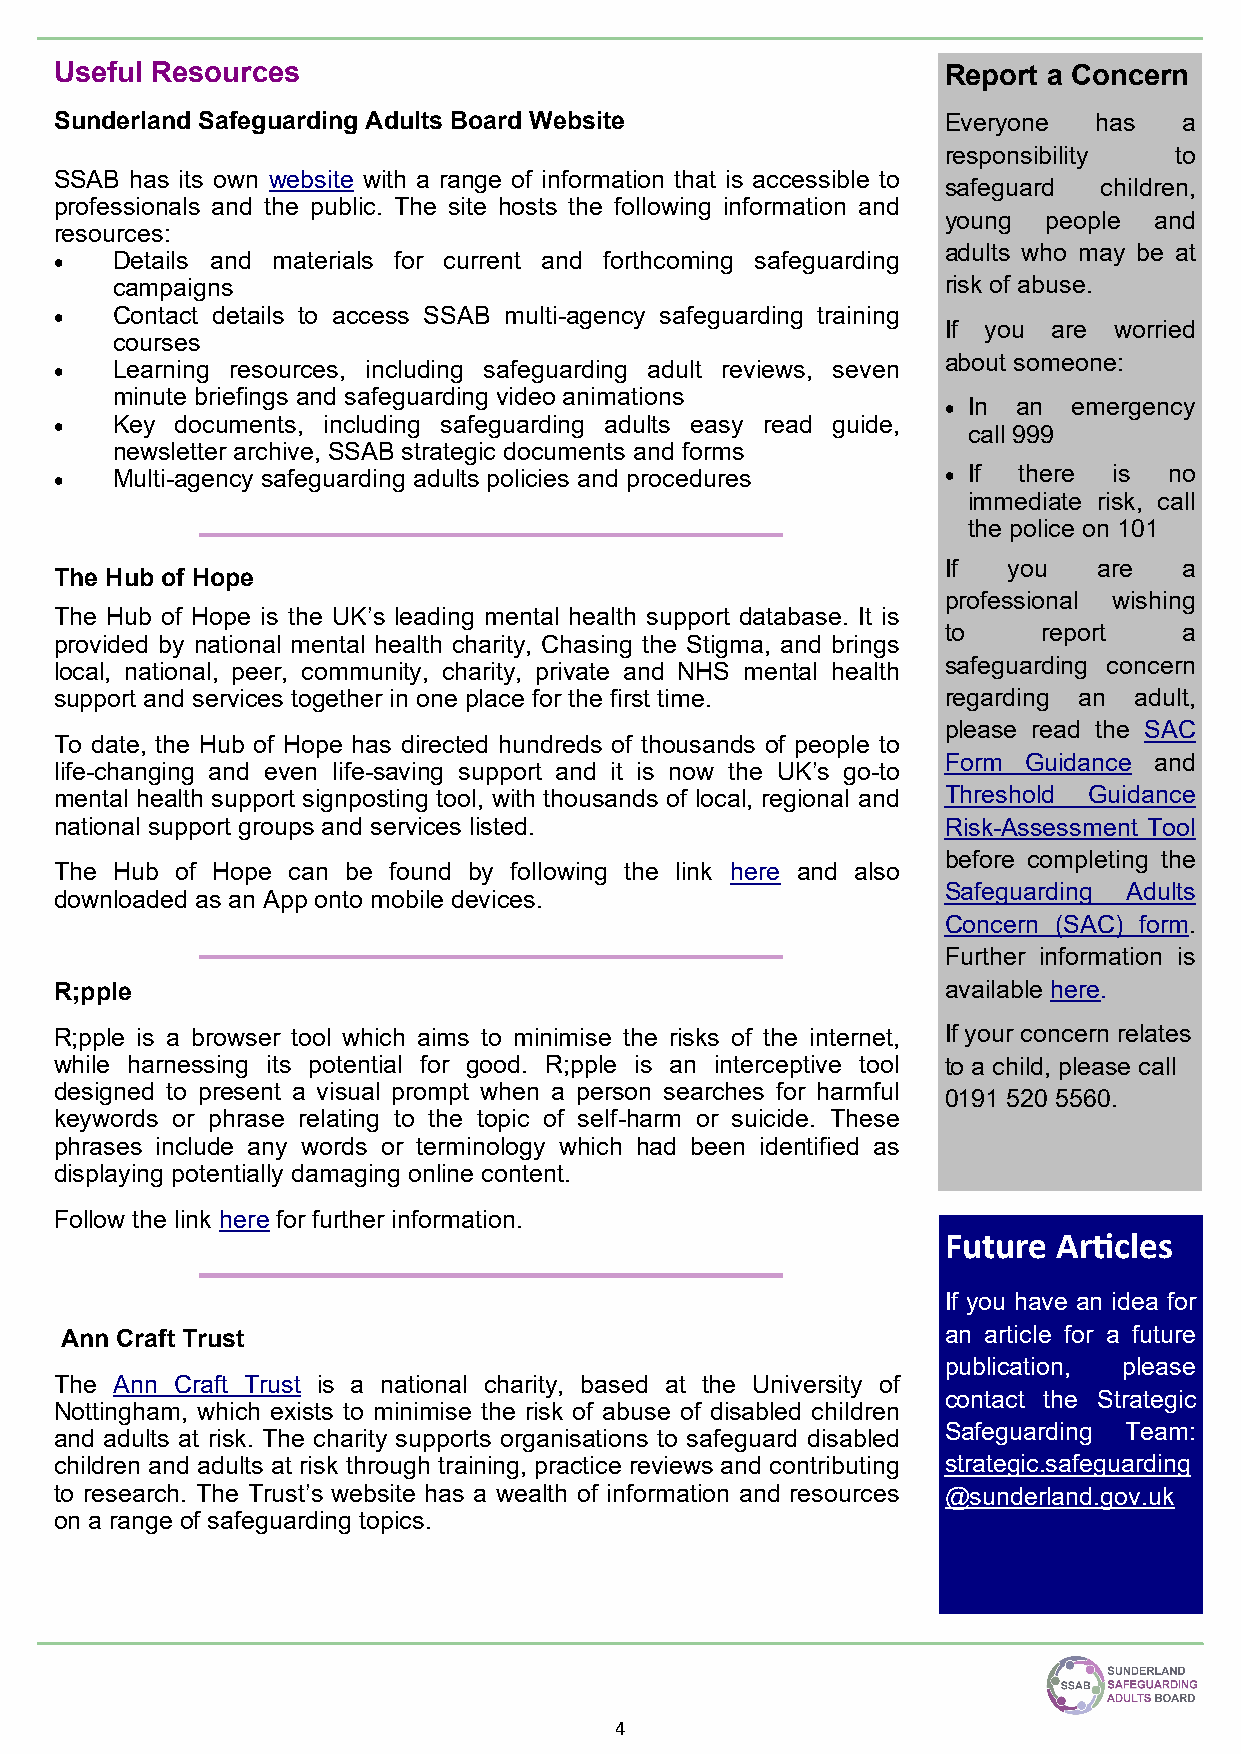
Useful Resources                                          Report a Concern
 Sunderland Safeguarding Adults Board Website              Everyone   has  a
 responsibility  to
 SSAB has its own website with a range of information that is accessible to
 safeguard  children,
 professionals and the public. The site hosts the following information and
 young  people and
 resources:
 adults who may be at
 •  Details and materials for current and forthcoming safeguarding
 campaigns                                              risk of abuse.
 •  Contact details to access SSAB multi-agency safeguarding training
 If you  are worried
 courses
 about someone:
 •  Learning resources, including safeguarding adult reviews, seven
 minute briefings and safeguarding video animations
 • In an  emergency
 •  Key  documents, including safeguarding adults easy read guide,
 call 999
 newsletter archive, SSAB strategic documents and forms
 •  Multi-agency safeguarding adults policies and procedures • If there is no
 immediate risk, call
 the police on 101
 If   you   are  a
 The Hub of Hope
 professional wishing
 The Hub of Hope is the UK’s leading mental health support database. It is
 to     report   a
 provided by national mental health charity, Chasing the Stigma, and brings
 local, national, peer, community, charity, private and NHS mental health safeguarding concern
 support and services together in one place for the first time. regarding an adult,
 please read the SAC
 To date, the Hub of Hope has directed hundreds of thousands of people to
 Form  Guidance and
 life-changing and even life-saving support and it is now the UK’s go-to
 mental health support signposting tool, with thousands of local, regional and Threshold Guidance
 national support groups and services listed.              Risk-Assessment Tool
 before completing the
 The Hub of Hope can be found by following the link here and also
 Safeguarding Adults
 downloaded as an App onto mobile devices.
 Concern (SAC) form.
 Further information is
 R;pple                                                    available here.
 R;pple is a browser tool which aims to minimise the risks of the internet, If your concern relates
 while harnessing its potential for good. R;pple is an interceptive tool to a child, please call
 designed to present a visual prompt when a person searches for harmful
 0191 520 5560.
 keywords or phrase relating to the topic of self-harm or suicide. These
 phrases include any words or terminology which had been identified as
 displaying potentially damaging online content.
 Follow the link here for further information.
 Future Articles
 If you have an idea for
 Ann Craft Trust                                            an article for a future
 publication, please
 The Ann Craft Trust is a national charity, based at the University of
 contact the Strategic
 Nottingham, which exists to minimise the risk of abuse of disabled children
 Safeguarding Team:
 and adults at risk. The charity supports organisations to safeguard disabled
 children and adults at risk through training, practice reviews and contributing strategic.safeguarding
 to research. The Trust’s website has a wealth of information and resources @sunderland.gov.uk
 on a range of safeguarding topics.
 4